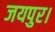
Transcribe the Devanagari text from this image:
जयपुर।